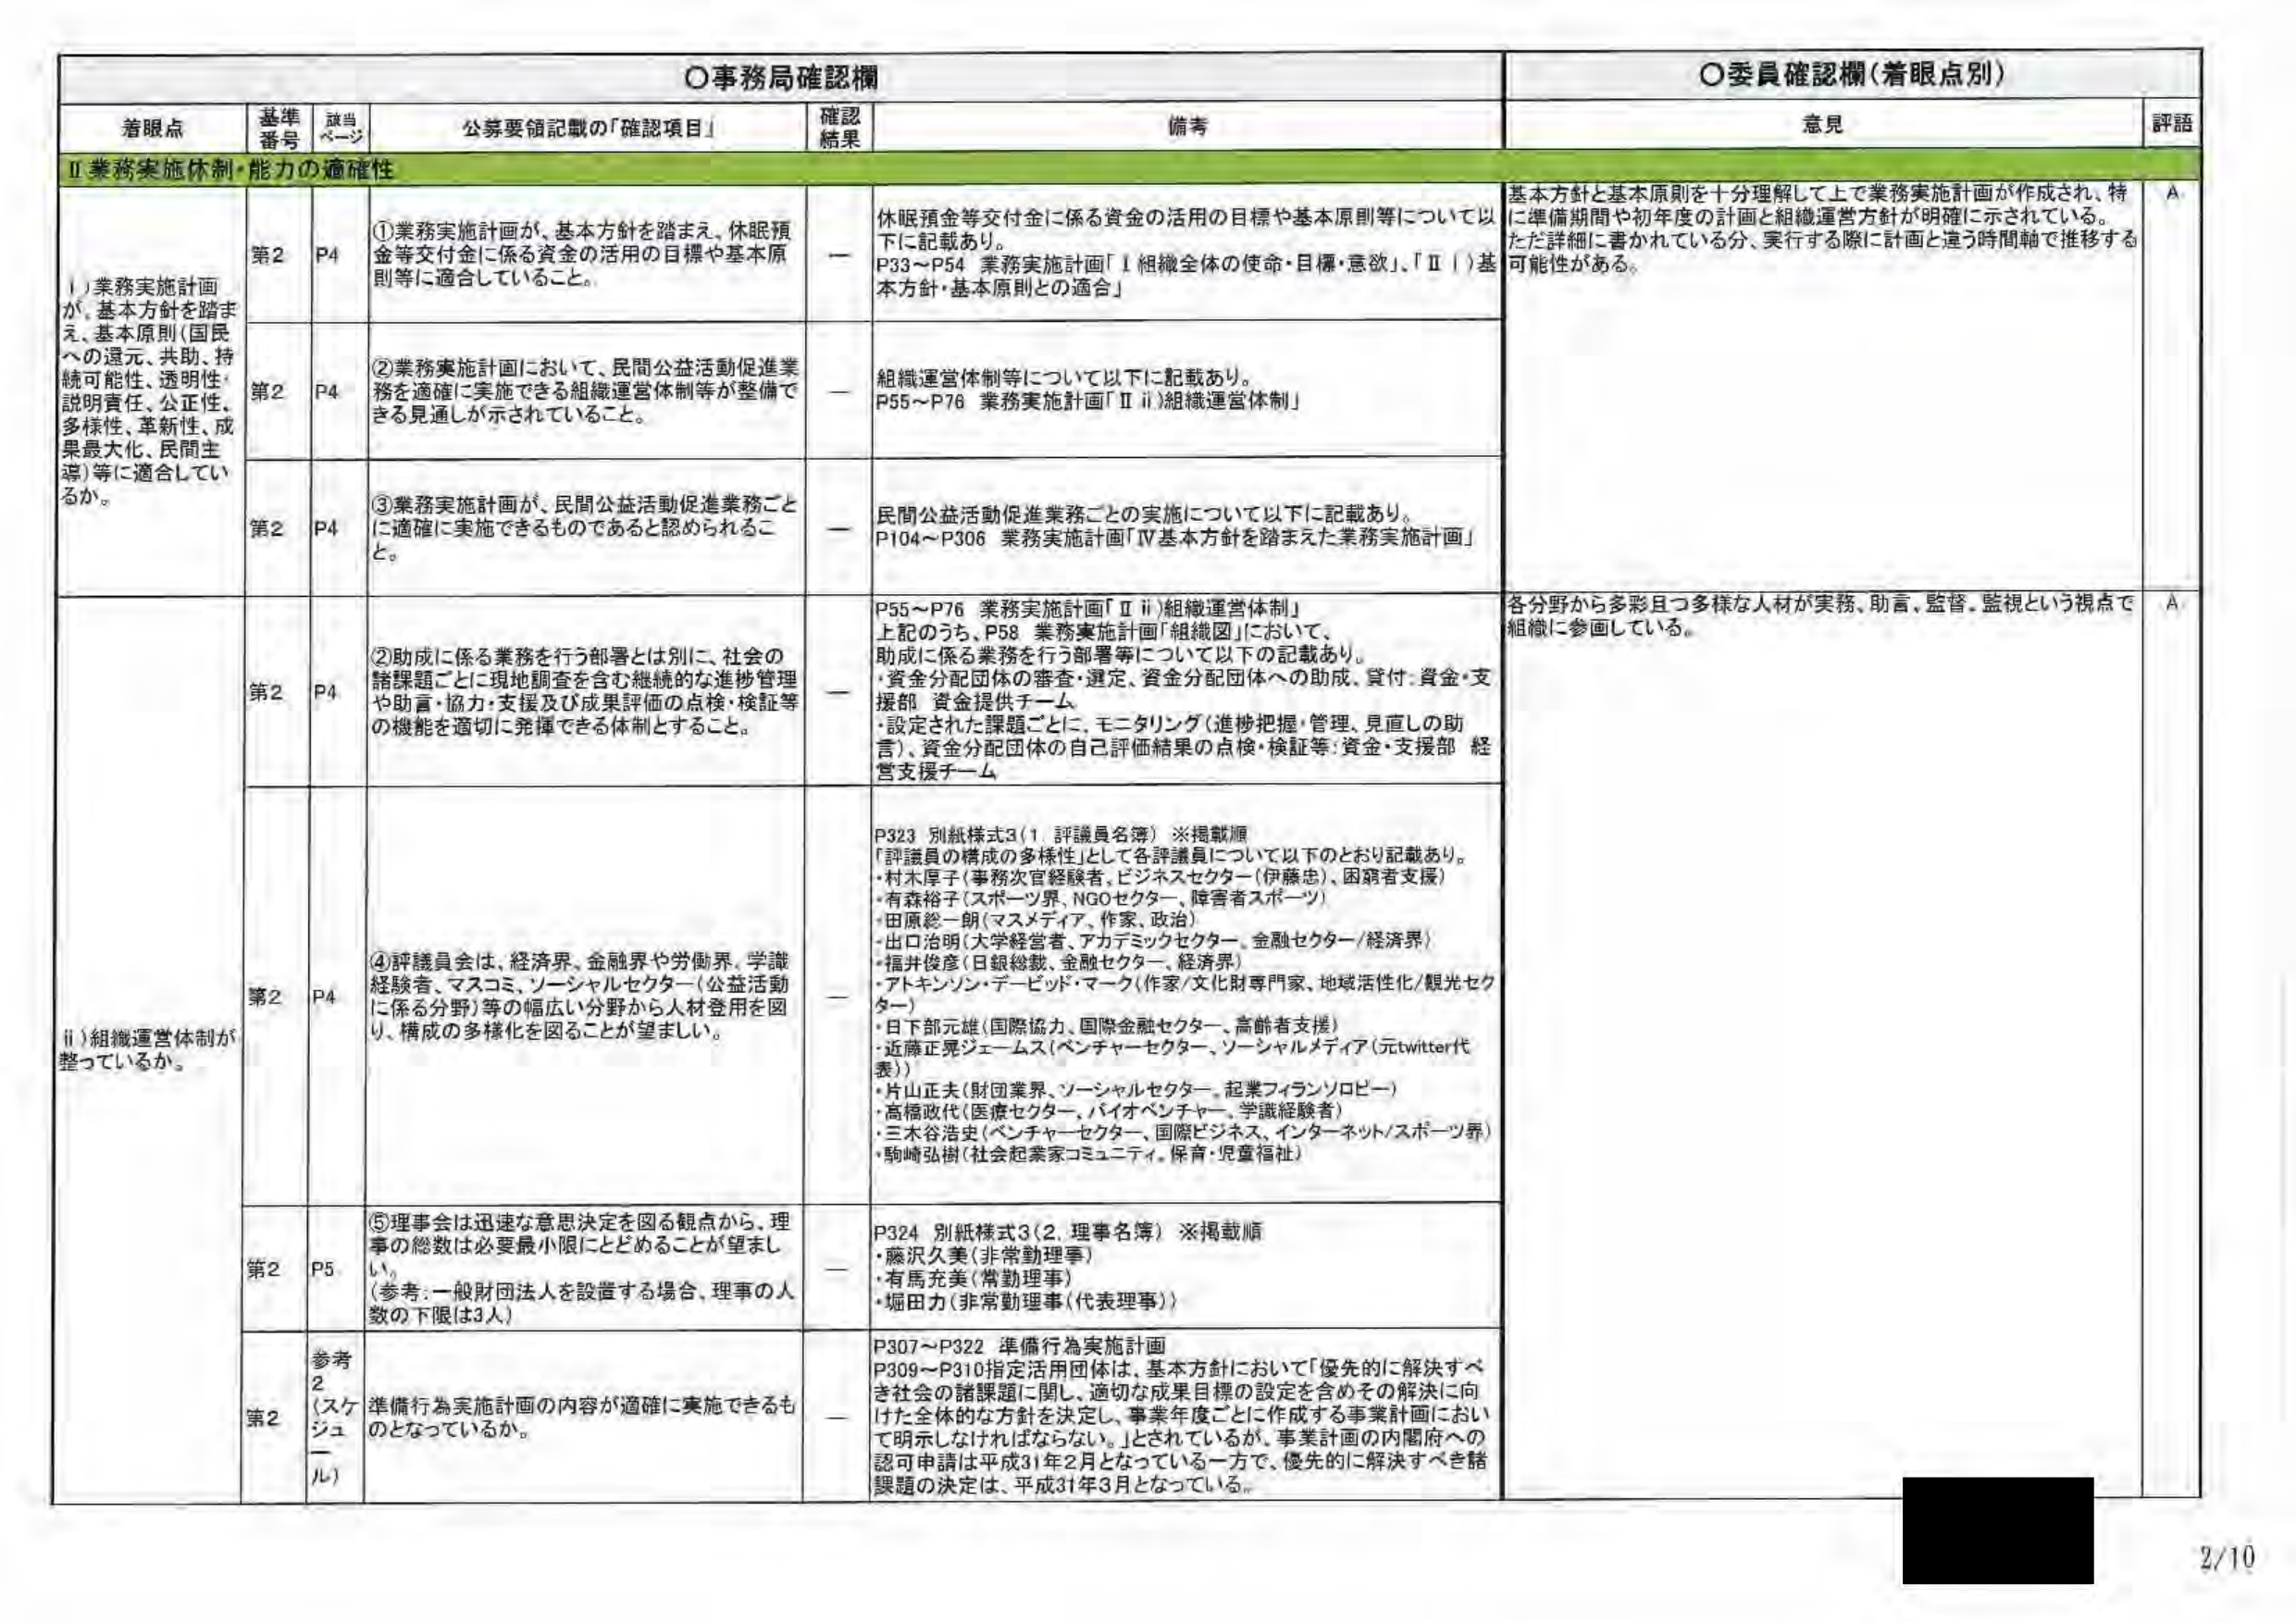
〇事務局確認欄
〇委員確認欄（着眼点別）

着眼点　　基準番号　　該当ページ　　公募要領記載の「確認項目」　　確認結果　　備考　　意見　　評語

Ⅱ 業務実施体制・能力の適格性

i）業務実施計画が、基本方針を踏まえ、基本原則（国民への還元、共助、持続可能性、透明性、説明責任、公正性、多様性、革新性、成果最大化、民間主導）等に適合しているか。

第2　　P4　　①業務実施計画が、基本方針を踏まえ、休眠預金等交付金に係る資金の活用の目標や基本原則等に適合していること。　　ー　　休眠預金等交付金に係る資金の活用の目標や基本原則等について以下に記載あり。
P33～P54 業務実施計画「Ⅰ 組織全体の使命・目標・意欲」、「Ⅱ i）基本方針・基本原則との適合」　　基本方針と基本原則を十分理解して上で業務実施計画が作成され、特に準備期間や初年度の計画と組織運営方針が明確に示されている。ただ詳細に書かれている分、実行する際に計画と違う時間軸で推移する可能性がある。　　A

第2　　P4　　②業務実施計画において、民間公益活動促進業務を適確に実施できる組織運営体制等が整備できる見通しが示されていること。　　ー　　組織運営体制等について以下に記載あり。
P55～P76 業務実施計画「Ⅱ ii）組織運営体制」

第2　　P4　　③業務実施計画が、民間公益活動促進業務ごとに適確に実施できるものであると認められること。　　ー　　民間公益活動促進業務ごとの実施について以下に記載あり。
P104～P306 業務実施計画「Ⅳ 基本方針を踏まえた業務実施計画」

ii）組織運営体制が整っているか。

第2　　P4　　②助成に係る業務を行う部署とは別に、社会の諸課題ごとに現地調査を含む継続的な進捗管理や助言・協力・支援及び成果評価の点検・検証等の機能を適切に発揮できる体制とすること。　　ー　　P55～P76 業務実施計画「Ⅱ ii）組織運営体制」
上記のうち、P58 業務実施計画「組織図」において、
助成に係る業務を行う部署等について以下の記載あり。
・資金分配団体の審査・選定、資金分配団体への助成、貸付、資金・支援部 資金提供チーム
・設定された課題ごとに、モニタリング（進捗把握・管理、見直しの助言）、資金分配団体の自己評価結果の点検・検証等：資金・支援部 経営支援チーム　　各分野から多彩且つ多様な人材が実務、助言、監督、監視という視点で組織に参画している。　　A

第2　　P4　　④評議員会は、経済界、金融界や労働界、学識経験者、マスコミ、ソーシャルセクター（公益活動に係る分野）等の幅広い分野から人材登用を図り、構成の多様化を図ることが望ましい。　　ー　　P323 別紙様式3（1. 評議員名簿）※掲載順
「評議員の構成の多様性」として各評議員について以下のとおり記載あり。
・村木厚子（事務次官経験者、ビジネスセクター（伊藤忠）、困窮者支援）
・有森裕子（スポーツ界、NGOセクター、障害者スポーツ）
・田原絵一朗（マスメディア、作家、政治）
・出口治明（大学経営者、アカデミックセクター、金融セクター／経済界）
・福井俊彦（日銀総裁、金融セクター、経済界）
・アトキンソン・デービッド・マーク（作家／文化財専門家、地域活性化／観光セクター）
・日下部元雄（国際協力、国際金融セクター、高齢者支援）
・近藤正晃ジェームス（ベンチャーセクター、ソーシャルメディア（元twitter代表））
・片山正夫（財団業界、ソーシャルセクター、起業フィランソロピー）
・高橋政代（医療セクター、バイオベンチャー、学識経験者）
・三木谷浩史（ベンチャーセクター、国際ビジネス、インターネット／スポーツ界）
・駒崎弘樹（社会起業家コミュニティ、保育・児童福祉）

第2　　P5　　⑤理事会は迅速な意思決定を図る観点から、理事の総数は必要最小限にとどめることが望ましい。
（参考：一般財団法人を設置する場合、理事の人数の下限は3人）　　ー　　P324 別紙様式3（2. 理事名簿）※掲載順
・藤沢久美（非常勤理事）
・有馬充美（常勤理事）
・堀田力（非常勤理事（代表理事））

第2　　参考2（スケジュール）　　準備行為実施計画の内容が適確に実施できるものとなっているか。　　ー　　P307～P322 準備行為実施計画
P309～P310指定活用団体は、基本方針において「優先的に解決すべき社会の諸課題に関し、適切な成果目標の設定を含めその解決に向けた全体的な方針を決定し、事業年度ごとに作成する事業計画において明示しなければならない。」とされているが、事業計画の内閣府への認可申請は平成31年2月となっている一方で、優先的に解決すべき諸課題の決定は、平成31年3月となっている。

2/10